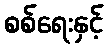
စစ်ရေးနှင့်